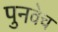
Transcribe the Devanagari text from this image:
पुनवेच